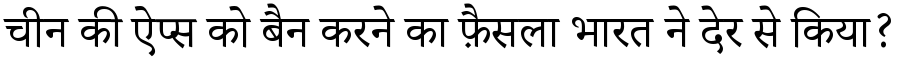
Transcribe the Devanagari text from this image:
चीन की ऐप्स को बैन करने का फ़ैसला भारत ने देर से किया?